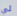
لي